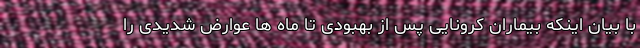
با بیان اینکه بیماران کرونایی پس از بهبودی تا ماه ها عوارض شدیدی را